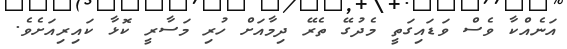
އަނެއްކާ ވެސް ވަޑައިގަތީ މެދުގޭ ތެރޭ ދިމާއަށް ހުރި މަސާރީ ކޮޅާ ކައިރިއަށެވެ.